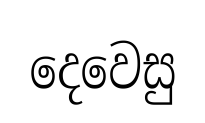
දෙවෙසු